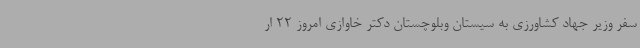
سفر وزیر جهاد کشاورزی به سیستان وبلوچستان دکتر خاوازی امروز 22 ار